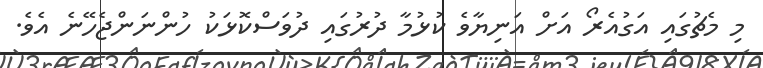
މި މެޗުގައި އަގުއެރޯ އަށް އަނިޔާވެ ކުޅުމާ ދުރުގައި ދުވަސްކޮޅަކު ހުންނަންޖެހޭނެ އެވެ.